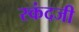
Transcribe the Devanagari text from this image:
स्कंदजी